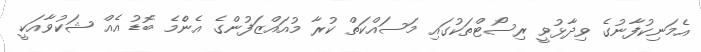
އެމަނިކުފާނުގެ ވިދާޅުވީ ރިސޯޓްތަކުގައި މަސައްކަތް ކުރާ މުއައްޒަފުންގެ އެންެމެ ބޮޑު އެއް ޝަކުވާއަކީ